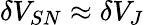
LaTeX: \delta V_{SN}\approx\delta V_{J}